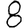
Digit: 8